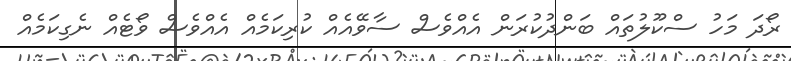
ރޯދަ މަހު ސްކޫލުތައް ބަންދުކުރަން އެއްވެސް ސާވޭއެއް ކުރިކަމެއް އެއްވެސް ވޯޓެއް ނެގިކަމެއް